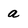
Character: a